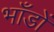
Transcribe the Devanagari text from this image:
भाँडों